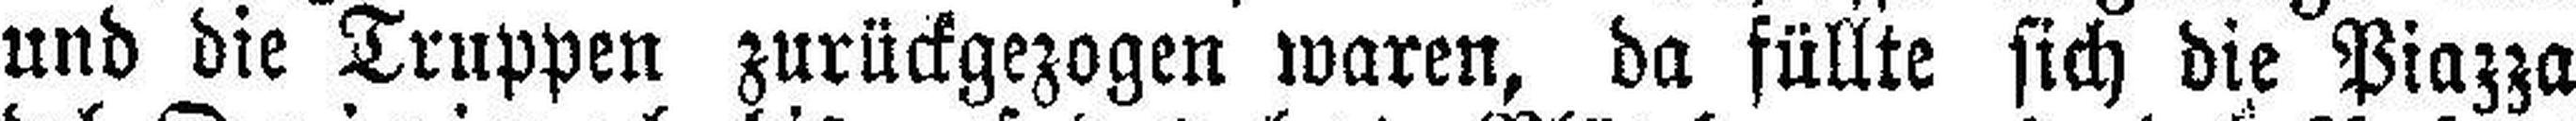
und die Truppen zurückgezogen waren, da füllte sich die Piazza